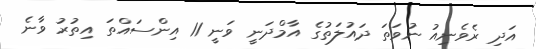
އަދި ރެވެނިއު ނުވަތަ ދައުލަތުގެ އާމްދަނީ ވަނީ 11 އިންސައްތަ އިތުރު ވާނެ